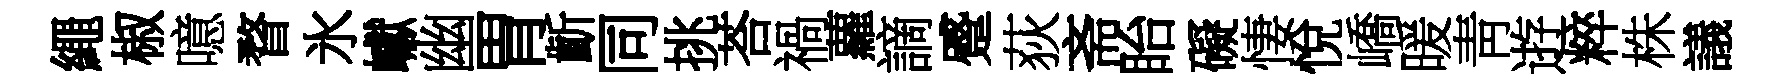
繩椒噫瞀氷巘幽胃齗同挑荅禍蘿謫蹙荻斋眙礙悽悅嶠暖靑逰粹株議